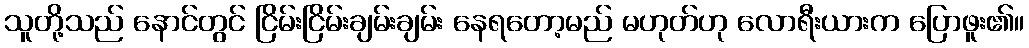
သူတို့သည် နောင်တွင် ငြိမ်းငြိမ်းချမ်းချမ်း နေရတော့မည် မဟုတ်ဟု လောရီးယားက ပြောဖူး၏။